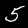
Digit: 5